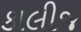
કાલીજ